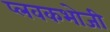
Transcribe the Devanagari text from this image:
प्लवकभोजी